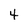
Character: 4